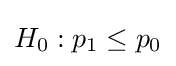
H_{0}:p_{1}\leq p_{0}